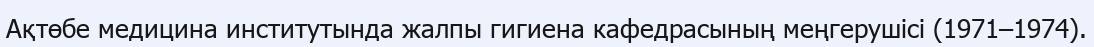
Ақтөбе медицина институтында жалпы гигиена кафедрасының меңгерушісі (1971–1974).